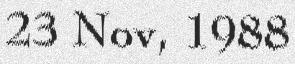
23 Nov, 1988